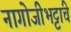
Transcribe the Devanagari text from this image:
नागोजीभट्टांचे